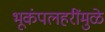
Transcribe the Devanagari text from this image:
भूकंपलहरींमुळे